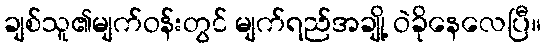
ချစ်သူ၏မျက်ဝန်းတွင် မျက်ရည်အချို့ ဝဲခိုနေလေပြီ။